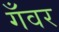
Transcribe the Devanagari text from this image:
गँवर